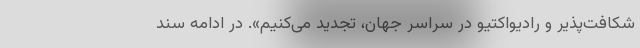
شکافت‌پذیر و رادیواکتیو در سراسر جهان، تجدید می‌کنیم». در ادامه سند